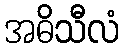
အဓိသီလံ